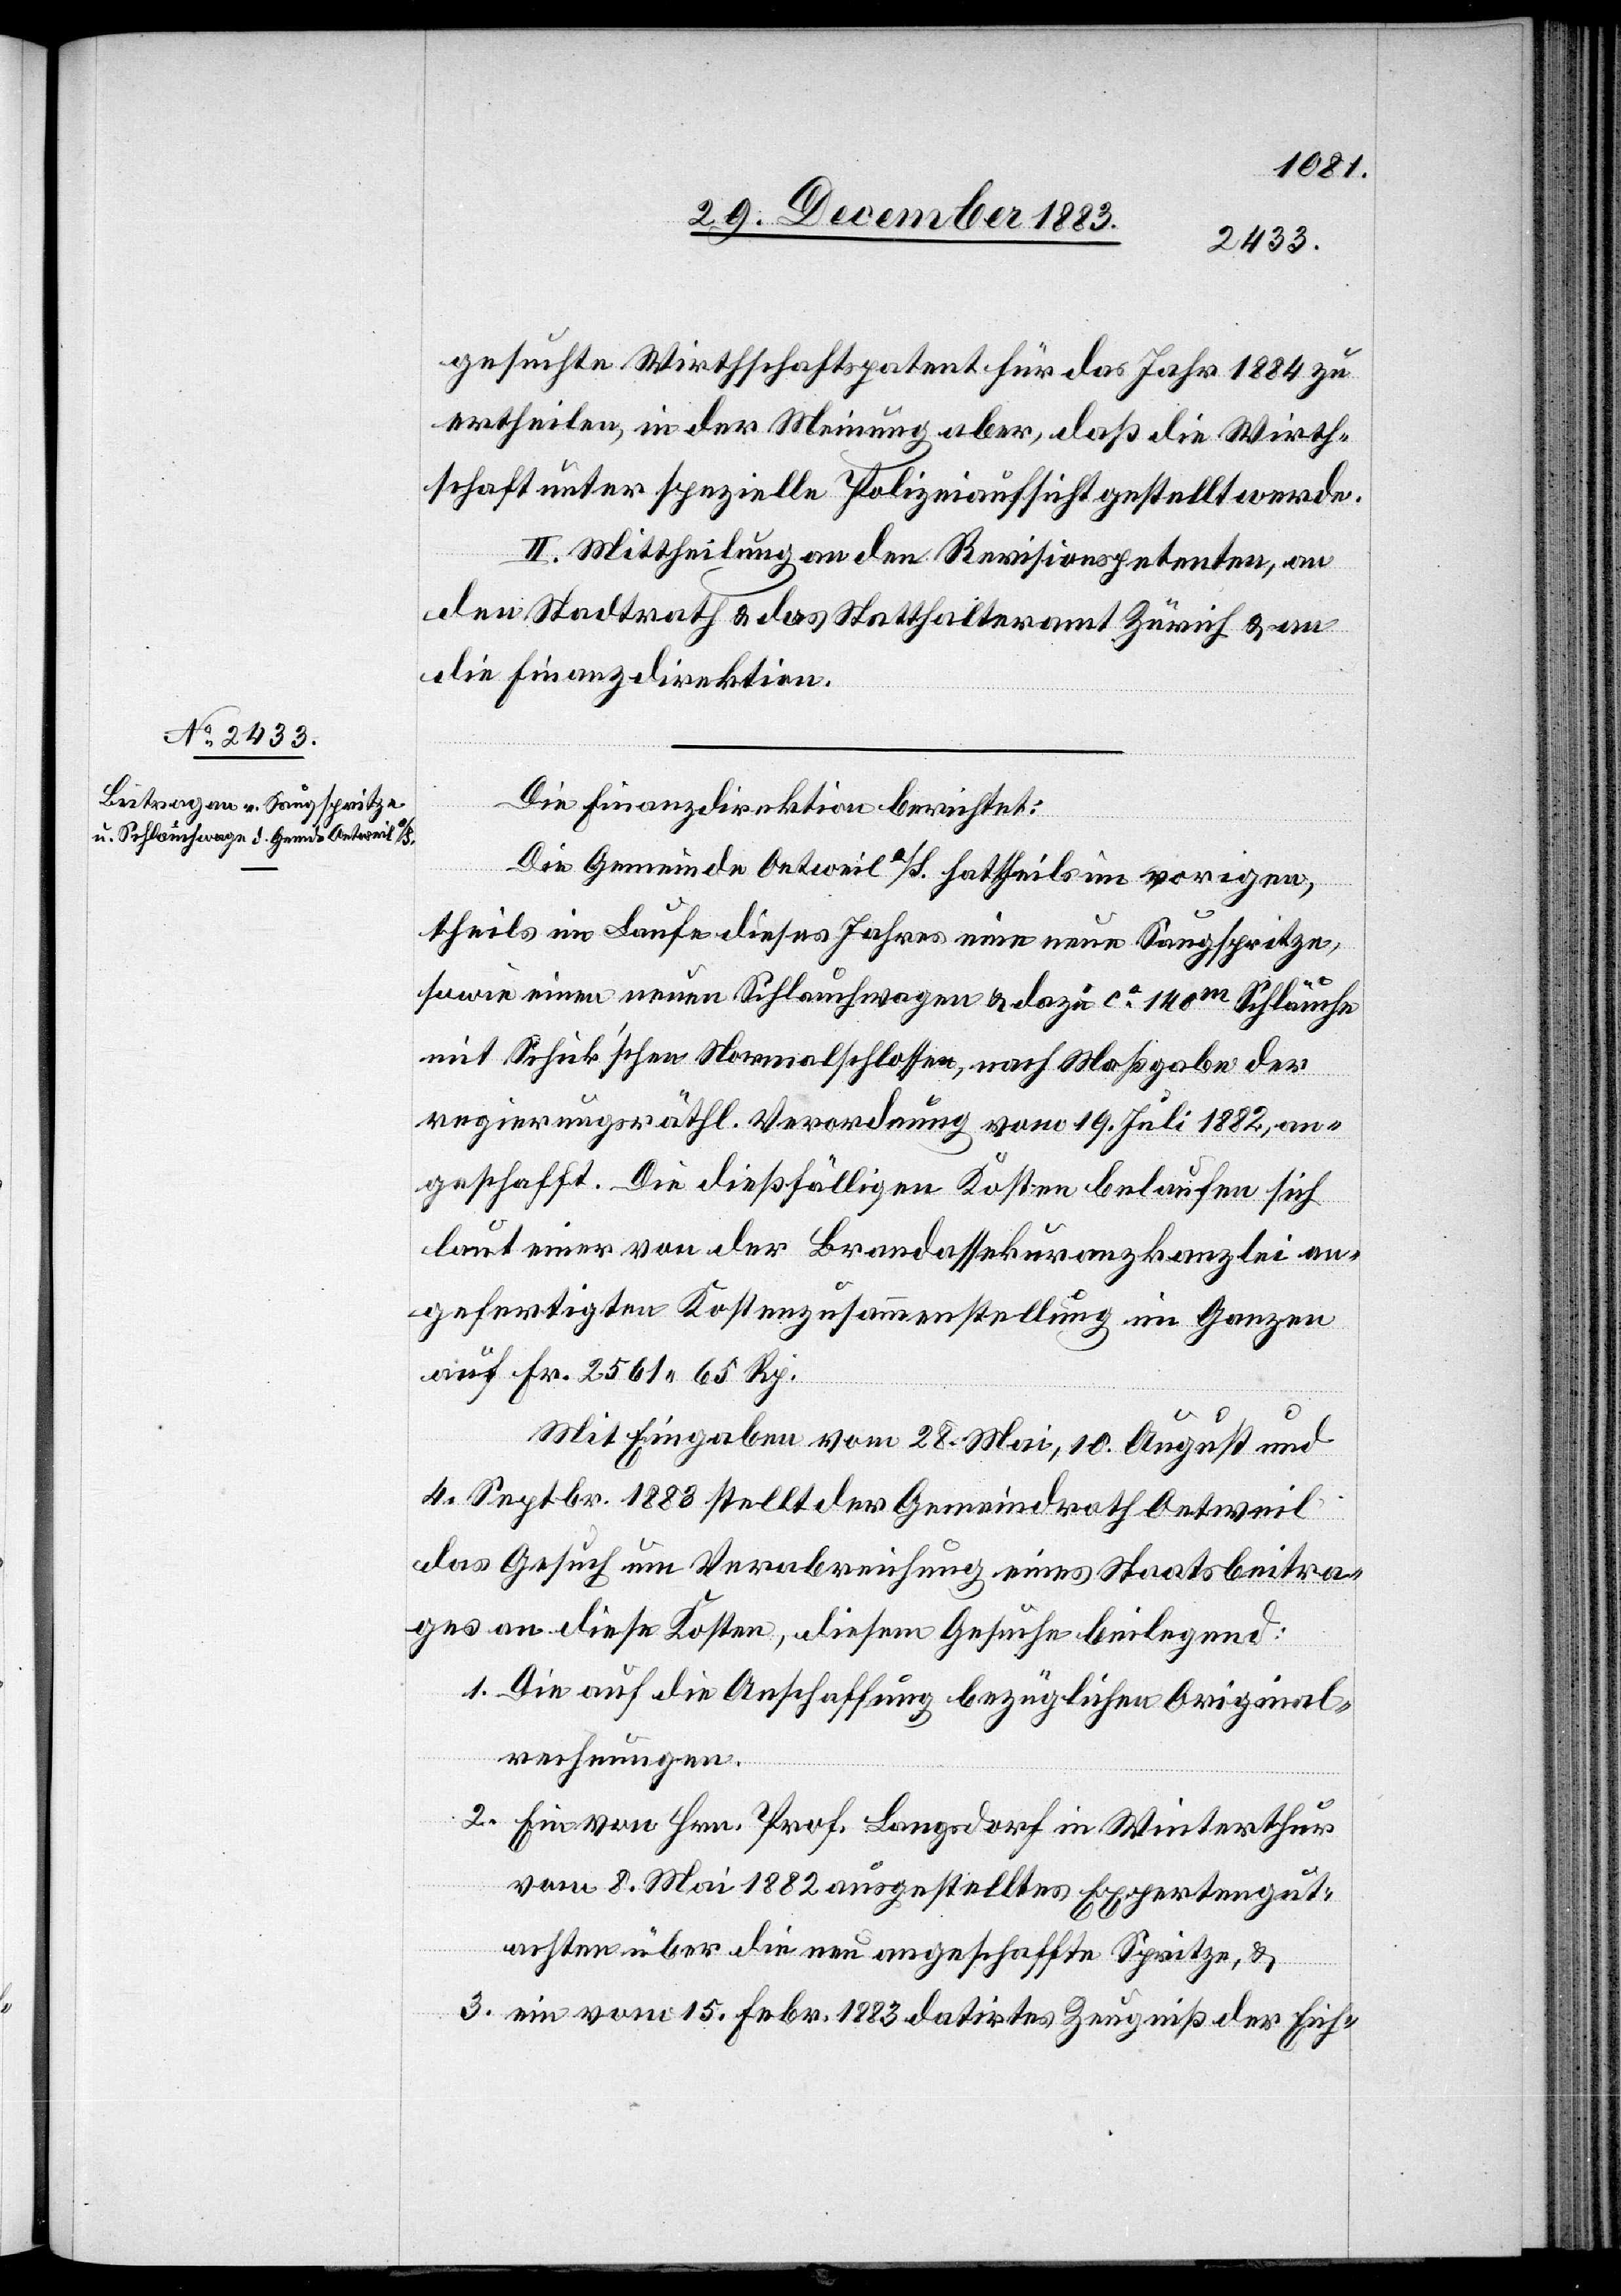
31. December 1883.]
gesuchte Wirthschaftspatent für das Jahr 1884 zu
ertheilen, in der Meinung aber, daß die Wirth¬
schaft unter spezielle Polizeiaufsicht gestellt werde.
II. Mittheilung an den Revisionspetenten, an
den Stadtrath & das Statthalteramt Zürich & an
die Finanzdirektion.
Die Finanzdirektion berichtet:
Die Gemeinde Oetweil a/S. hat theils im vorigen,
theils im Laufe dieses Jahrs eine neue Saugspritze,
sowie einen neuen Schlauchwagen & dazu ca 140m Schläuche
mit Schick’schen Normalschlossen, nach Maßgabe der
regierungsräthl. Verordnung vom 19. Juli 1882, an¬
geschafft. Die dießfälligen Kosten belaufen sich
laut einer von der Brandassekuranzkanzlei an¬
gefertigten Kostenzusammenstellung im Ganzen
auf Fr. 2561 65 Rp.
Mit Eingaben vom 28. Mai, 10. August und
4.Septbr. 1883 stellt der Gemeindrath Oetweil
das Gesuch um Verabreichung eines Staatsbeitra¬
ges an diese Kosten, diesem Gesuche beilegend:
1. Die auf die Anschaffung bezüglichen Original¬
rechnungen.
2. Ein von Hrn. Prof. Langsdorf in Winterthur
vom 8. Mai 1882 ausgestelltes Expertengut¬
achten über die neu angeschaffte Spritze, &
3. ein vom 15. Febr. 1883 datirtes Zeugniß der Eich-